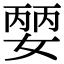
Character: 𡠈